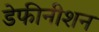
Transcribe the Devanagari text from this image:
डेफीनीशन